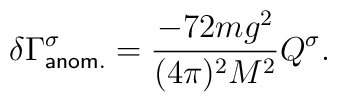
\delta \Gamma^\sigma_{\sf{anom.}} = \frac{- 72 m g^2}{(4 \pi)^2 M^2} Q^\sigma.